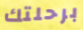
برحلتك